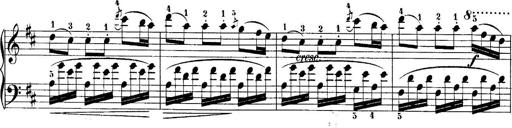
Title: 10 Sonatines progressives
Composer: Anton Schmoll